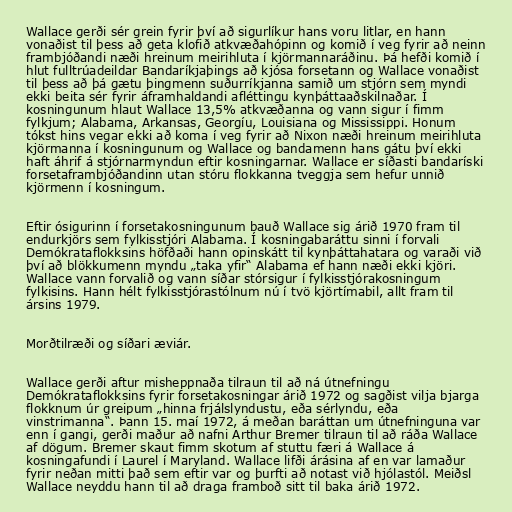
Wallace gerði sér grein fyrir því að sigurlíkur hans voru litlar, en hann
vonaðist til þess að geta klofið atkvæðahópinn og komið í veg fyrir að neinn
frambjóðandi næði hreinum meirihluta í kjörmannaráðinu. Þá hefði komið í
hlut fulltrúadeildar Bandaríkjaþings að kjósa forsetann og Wallace vonaðist
til þess að þá gætu þingmenn suðurríkjanna samið um stjórn sem myndi
ekki beita sér fyrir áframhaldandi afléttingu kynþáttaaðskilnaðar. Í
kosningunum hlaut Wallace 13,5% atkvæðanna og vann sigur í fimm
fylkjum; Alabama, Arkansas, Georgíu, Louisiana og Mississippi. Honum
tókst hins vegar ekki að koma í veg fyrir að Nixon næði hreinum meirihluta
kjörmanna í kosningunum og Wallace og bandamenn hans gátu því ekki
haft áhrif á stjórnarmyndun eftir kosningarnar. Wallace er síðasti bandaríski
forsetaframbjóðandinn utan stóru flokkanna tveggja sem hefur unnið
kjörmenn í kosningum.

Eftir ósigurinn í forsetakosningunum bauð Wallace sig árið 1970 fram til
endurkjörs sem fylkisstjóri Alabama. Í kosningabaráttu sinni í forvali
Demókrataflokksins höfðaði hann opinskátt til kynþáttahatara og varaði við
því að blökkumenn myndu „taka yfir“ Alabama ef hann næði ekki kjöri.
Wallace vann forvalið og vann síðar stórsigur í fylkisstjórakosningum
fylkisins. Hann hélt fylkisstjórastólnum nú í tvö kjörtímabil, allt fram til
ársins 1979.

Morðtilræði og síðari æviár.

Wallace gerði aftur misheppnaða tilraun til að ná útnefningu
Demókrataflokksins fyrir forsetakosningar árið 1972 og sagðist vilja bjarga
flokknum úr greipum „hinna frjálslyndustu, eða sérlyndu, eða
vinstrimanna“. Þann 15. maí 1972, á meðan baráttan um útnefninguna var
enn í gangi, gerði maður að nafni Arthur Bremer tilraun til að ráða Wallace
af dögum. Bremer skaut fimm skotum af stuttu færi á Wallace á
kosningafundi í Laurel í Maryland. Wallace lifði árásina af en var lamaður
fyrir neðan mitti það sem eftir var og þurfti að notast við hjólastól. Meiðsl
Wallace neyddu hann til að draga framboð sitt til baka árið 1972.